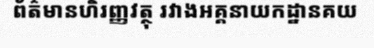
ព័ត៌មានហិរញ្ញវត្ថុ រវាងអគ្គនាយកដ្ឋានគយ